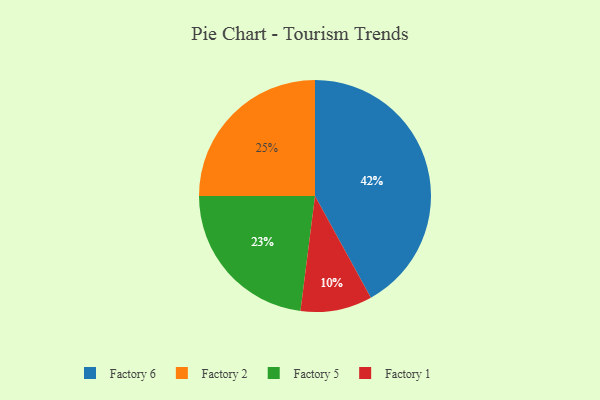
{"axis": {"x": "Category", "y": "Percentage"}, "legend": ["Factory 1", "Factory 2", "Factory 5", "Factory 6"], "data": [{"x": "Factory 6", "y": 42, "type": "Factory 6"}, {"x": "Factory 2", "y": 25, "type": "Factory 2"}, {"x": "Factory 1", "y": 10, "type": "Factory 1"}, {"x": "Factory 5", "y": 23, "type": "Factory 5"}]}